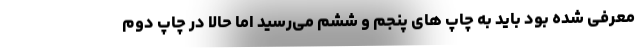
معرفی شده بود باید به چاپ های پنجم و ششم می‌رسید اما حالا در چاپ دوم